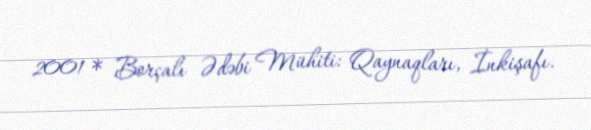
2001 * Borçalı Ədəbi Mühiti: Qaynaqları, İnkişafı.